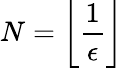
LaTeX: N=\left\lfloor{\frac{1}{\epsilon}}\right\rfloor